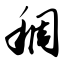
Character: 稠